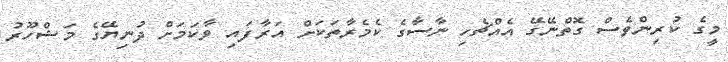
މީގެ ކުރިންވެސް ގޮތްނޭގޭ އެއްޗެހި ނާސާގެ ކެމެރާތަކަށް އަރާފައި ވާކަމަށް ދުނިޔޭގެ މަޝްހޫރު